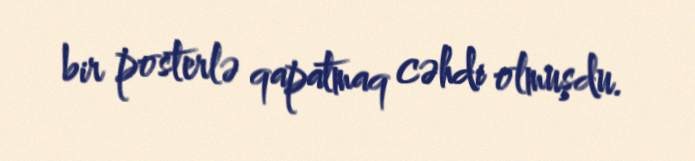
bir posterlə qapatmaq cəhdi olmuşdu.